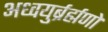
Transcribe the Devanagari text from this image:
अध्वयुर्ब्रर्ह्मणो